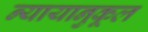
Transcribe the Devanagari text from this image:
न्यायानुकूल